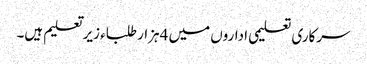
سرکاری تعلیمی اداروں میں 4ہزار طلباء زیر تعلیم ہیں۔